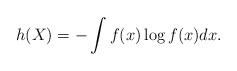
LaTeX: \begin{align*}h(X)=-\int f(x)\log f(x) dx.\end{align*}